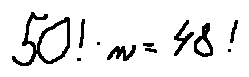
5 0 ! \cdot n = 4 8 !